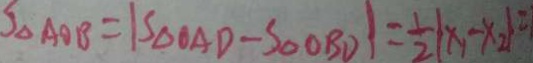
S _ { \Delta A O B } = \vert S _ { \Delta } O A D - S _ { \Delta } O B D \vert = \frac { 1 } { 2 } ( x _ { 1 } - x _ { 2 } ) =